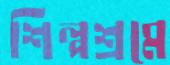
শিল্পশ্রমে